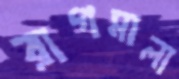
রাগমালা